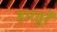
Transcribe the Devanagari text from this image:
हारतुरे